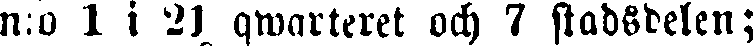
n:o 1 i'21 qwarteret och 7 stadsdelen;